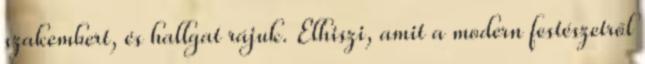
szakembert, és hallgat rájuk. Elhiszi, amit a modern festészetről